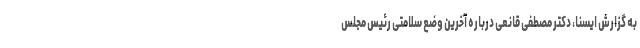
به گزارش ایسنا، دکتر مصطفی قانعی درباره آخرین وضع سلامتی رئیس مجلس